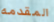
المقدمه